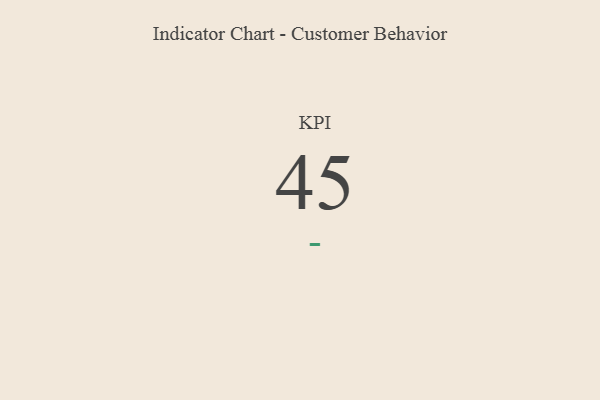
{"axis": {"x": "KPI", "y": "Value"}, "legend": [""], "data": [{"x": "KPI", "y": 45, "type": ""}]}